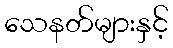
သေနတ်များနှင့်